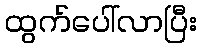
ထွက်ပေါ်လာပြီး